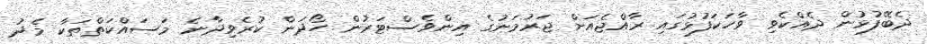
ދެބޭފުޅުން ދެއްކެވި ވާހަކަފުޅުގައި ރާއްޖެއަށް ޖަރުމަނުގެ އިންވެސްޓަރުން ހޯދަން ކުރެވިދާނެ މަސައްކަތްތަކާ މެދު